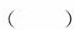
()